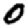
Digit: 0